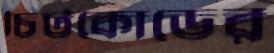
চিটকোডের